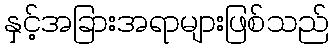
နှင့်အခြားအရာများဖြစ်သည်